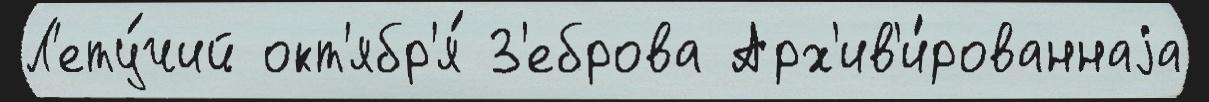
Л'ету́чий окт'ябр'я́ З'еброва Арх'ив'и́рованнаjа